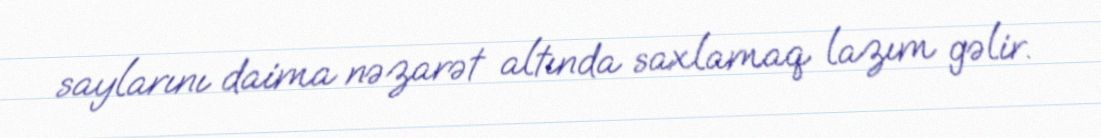
saylarını daima nəzarət altında saxlamaq lazım gəlir.